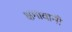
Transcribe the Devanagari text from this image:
क्षमावानी